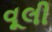
વૂલી